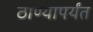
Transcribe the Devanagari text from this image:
ठाण्यापर्यंत